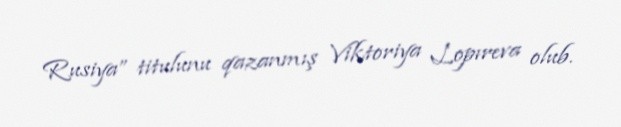
Rusiya” titulunu qazanmış Viktoriya Lopıreva olub.